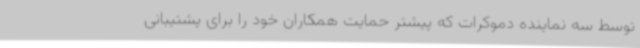
توسط سه نماینده دموکرات که پیشتر حمایت همکاران خود را برای پشتیبانی